Punjab Mental Hospital Lahore 1932-46 - 1932-1946
Year: 1932
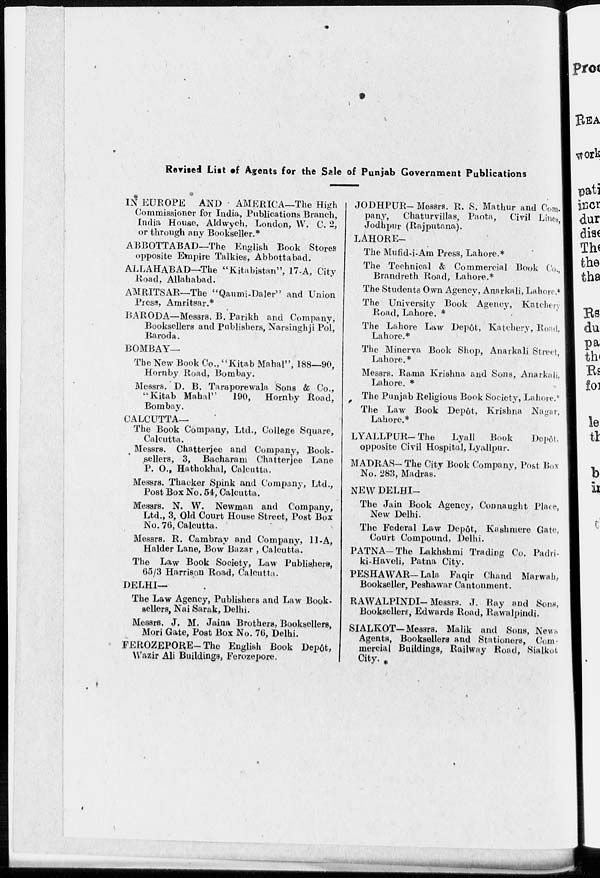
Revised List of Agents for the Sale of Punjab Government Publications
IN EUROPE
AND
AMERICA—The High
Commissioner for India, Publications Branch,
India House, Aldwych, London, W. C. 2,
or through any Bookseller.*
ABBOTTABAD—The English Book Stores
opposite Empire Talkies, Abbottabad.
ALLAHABAD—The "Kitabistan", 17-A, City
Road, Allahabad.
AMRITSAR—The "Qaumi-.Daler" and Union
Press, Amritsar.*
BARODA—Messrs. B. Parikh and Company,
Booksellers and Publishers, Narsinghji Pol,
Baroda.
BOMBAY—
The New Book Co., "Kitab Mahal", 188—90,
Hornby Road, Bombay.
Messrs. D. B. Taraporewala Sons & Co.,
"Kitab Mahal"
190, Hornby Road,
Bombay.
CALCUTTA—
The Book Company, Ltd., College Square,
Calcutta.
Messrs. Chatterjee and Company, Book-
sellers, 3, Bacharam Chatterjee Lane
P. O., Hathokhal, Calcutta.
Messrs. Thacker Spink and Company, Ltd.,
Post Box No. 54, Calcutta.
Messrs. N. W. Newman and Company,
Ltd., 3, Old Court House Street, Post Box
No. 76, Calcutta.
Messrs. R. Cambray and Company, 11-A,
Halder Lane, Bow Bazar , Calcutta.
The Law Book Society, Law Publishers,
65/3 Harrison Road, Calcutta.
DELHI—
The Law Agency, Publishers and Law Book-
sellers, Nai Sarak, Delhi.
Messrs. J. M. Jaina Brothers, Booksellers,
Mori Gate, Post Box No. 76, Delhi.
FEROZEPORE- The English Book Depôt,
Wazir Ali Buildings, Ferozepore.
JODHPUR- Messrs. R. S. Mathur and Com-
pany,
Chaturvillas, Paota,
Civil Lines,
Jodhpur (Rajputana).
LAHORE—
The Mufid-i-Am Press, Lahore.*
The Technical & Commercial Book Co.,
Brandreth Road, Lahore.*
The Students Own Agency, Anarkali, Lahore.*
The University Book Agency, Katchery
Road, Lahore. *
The Lahore Law Depôt, Katehery, Road,
Lahore.*
The Minerva Book Shop, Anarkali Street,
Lahore.*
Messrs. Rama Krishna and Sons, Anarkali.
Lahore. *
The Punjab Religious Book Society, Lahore.*
The Law Book Depôt, Krishna Nagar,
Lahore.*
LYALLPUR-The
Lyall
Book
Depôt.
opposite Civil Hospital, Lyallpur.
MADRAS-The City Book Company, Post Box
No. 283, Madras.
NEW DELHI—
The Jain Book Agency, Connaught Place,
New Delhi.
The Federal Law Depôt, Kashmere Gate,
Court Compound, Delhi.
PATNA—The Lakhshmi Trading Co. Padri-
ki-Haveli, Patna City.
PESHAWAR—Lala Faqir Chand Marwah,
Bookseller, Peshawar Cantonment.
RAWALPINDI-Messrs. J. Ray and Sons,
Booksellers, Edwards Road, Rawalpindi.
SIALKOT—Messrs. Malik and Sons, News
Agents, Booksellers and Stationers, Com-
mercial Buildings, Railway Road, Sialkot
City. *